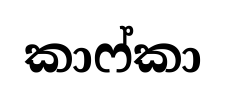
කාෆ්කා